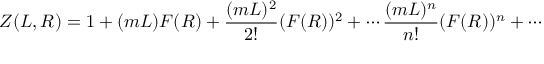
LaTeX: Z ( L , R ) = 1 + ( m L ) F ( R ) + \frac { ( m L ) ^ { 2 } } { 2 ! } ( F ( R ) ) ^ { 2 } + \cdots \frac { ( m L ) ^ { n } } { n ! } ( F ( R ) ) ^ { n } + \cdots